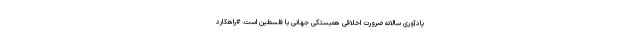
یادآوری سالانه ضرورت اخلاقی همبستگی جهانی با فلسطین است. #راهکارد